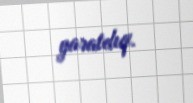
yaratdıq.